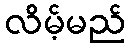
လိမ့်မည်